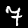
Digit: 7